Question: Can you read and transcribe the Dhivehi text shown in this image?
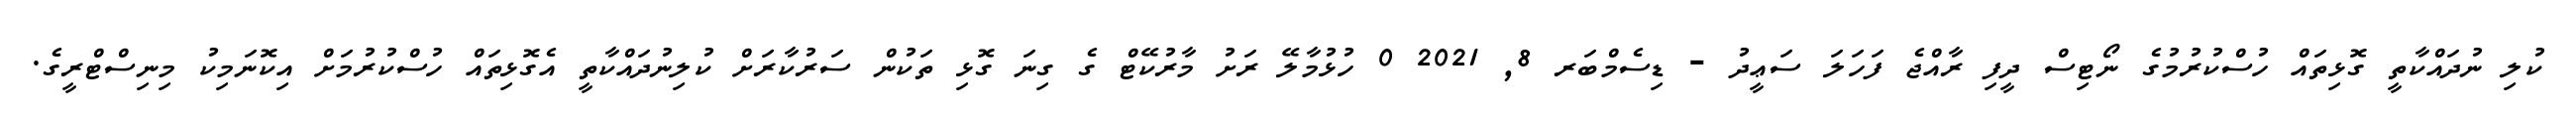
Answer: ކުލި ނުދައްކާތީ ގޮޅިތައް ހުސްކުރުމުގެ ނޯޓިސް ދީފި ރާއްޖެ ފަހަލަ ސަޢީދު - ޑިސެމްބަރ 8, 2021 0 ހުޅުމާލޭ ރަށު މާރުކޭޓް ގެ ގިނަ ގޮޅި ތަކުން ސަރުކާރަށް ކުލިނުދައްކާތީ އެގޮޅިތައް ހުސްކުރުމަށް އިކޮނަމިކު މިނިސްޓްރީގެ.